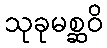
သုခုမစ္ဆဝိ